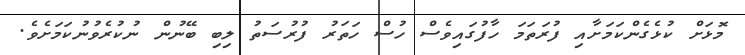
މޮޅަށް ކުޅެގެންކަމަށާއި ފުރަތަމަ ހާފުގައިވެސް ހުސް ހަތަރު ފުރުސަތު ލިބި ބޭނުން ނުކުރެވުނުކަމަށެވެ.